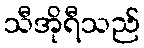
သီအိုရီသည်